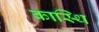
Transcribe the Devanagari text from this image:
कास्थि